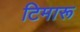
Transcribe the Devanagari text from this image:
टिमारू